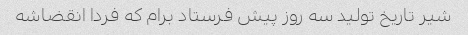
شیر تاریخ تولید سه روز پیش فرستاد برام که فردا انقضاشه